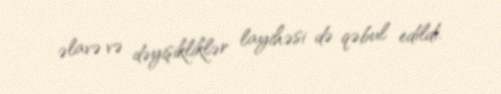
əlavə və dəyişikliklər layihəsi də qəbul edildi.